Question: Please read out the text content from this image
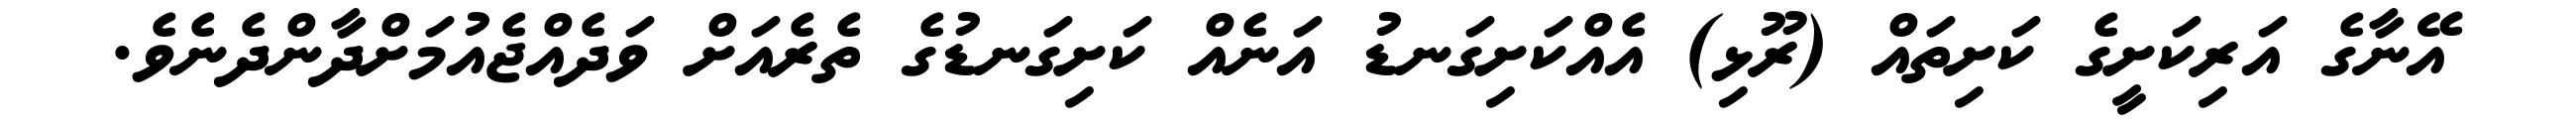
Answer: އޭނާގެ އަރިކަށީގެ ކަށިތައް (ރޫޅި) އެއްކަށިގަނޑު އަނެއް ކަށިގަނޑުގެ ތެރެއަށް ވަދެއްޖެއުމަށްދާންދެނެވެ.